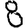
Digit: 8